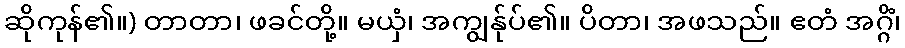
ဆိုကုန်၏။) တာတာ၊ ဖခင်တို့။ မယှံ၊ အကျွန်ုပ်၏။ ပိတာ၊ အဖသည်။ ဧတံ အဂ္ဂိံ၊